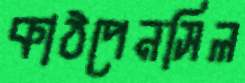
কাঠপেনসিল